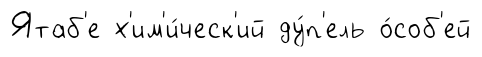
Ятаб'е х'им'и́ческ'ий ду́п'ель о́соб'ей